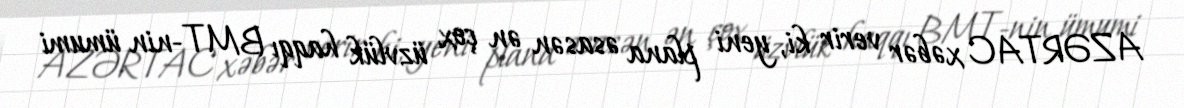
AZƏRTAC xəbər verir ki, yeni plana əsasən ən çox üzvlük haqqı BMT-nin ümumi